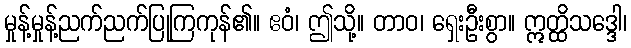
မှုန့်မှုန့်ညက်ညက်ပြုကြကုန်၏။ ဧဝံ၊ ဤသို့။ တာဝ၊ ရှေးဦးစွာ။ ဣတ္ထိသဒ္ဒေါ၊